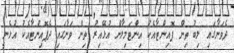
ދެވަނާގައި ލިބު ތިން ޕޮއިންޓާއެކު އިންޓަމިލާން އުޅޭއިރު ތިން ވަނާގައި ދެޕޮއިންޓާއެކު އުޅެނީ